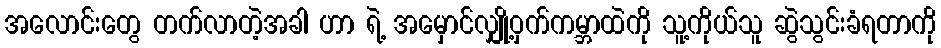
အလောင်းတွေ တက်လာတဲ့အခါ ဟာ ရဲ့ အမှောင်လျှို့ဝှက်ကမ္ဘာထဲကို သူ့ကိုယ်သူ ဆွဲသွင်းခံရတာကို